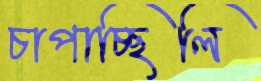
চাপাচ্ছিলি